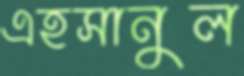
এহসানুল